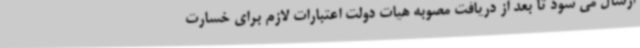
ارسال می شود تا بعد از دریافت مصوبه هیات دولت اعتبارات لازم برای خسارت